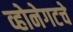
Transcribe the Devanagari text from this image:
व्होनेगटचे